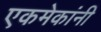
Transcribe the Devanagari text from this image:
एकमेकांनी